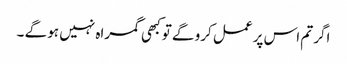
اگر تم اس پر عمل کرو گے تو کبھی گمراہ نہیں ہو گے ۔